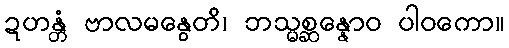
ဍဟန္တံ ဗာလမနွေတိ၊ ဘသ္မစ္ဆန္နောဝ ပါဝကော။